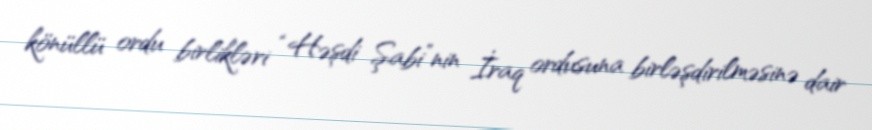
könüllü ordu birlikləri “Həşdi Şabi”nin İraq ordusuna birləşdirilməsinə dair